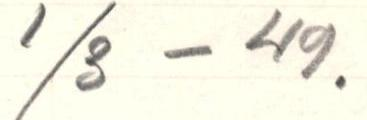
1/3 - 49.